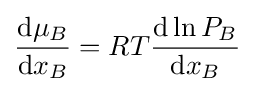
{\frac {\mathrm {d} \mu _{B}}{\mathrm {d} x_{B}}}=RT{\frac {\mathrm {d} \ln P_{B}}{\mathrm {d} x_{B}}}